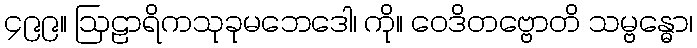
၄၉၉။ ဩဠာရိကသုခုမဘေဒေါ၊ ကို။ ဝေဒိတဗ္ဗောတိ သမ္ဗန္ဓော၊